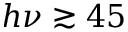
h \nu \gtrsim 4 5